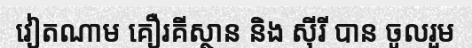
វៀតណាម គឿរគីស្ថាន និង ស៊ីរី បាន ចូលរួម